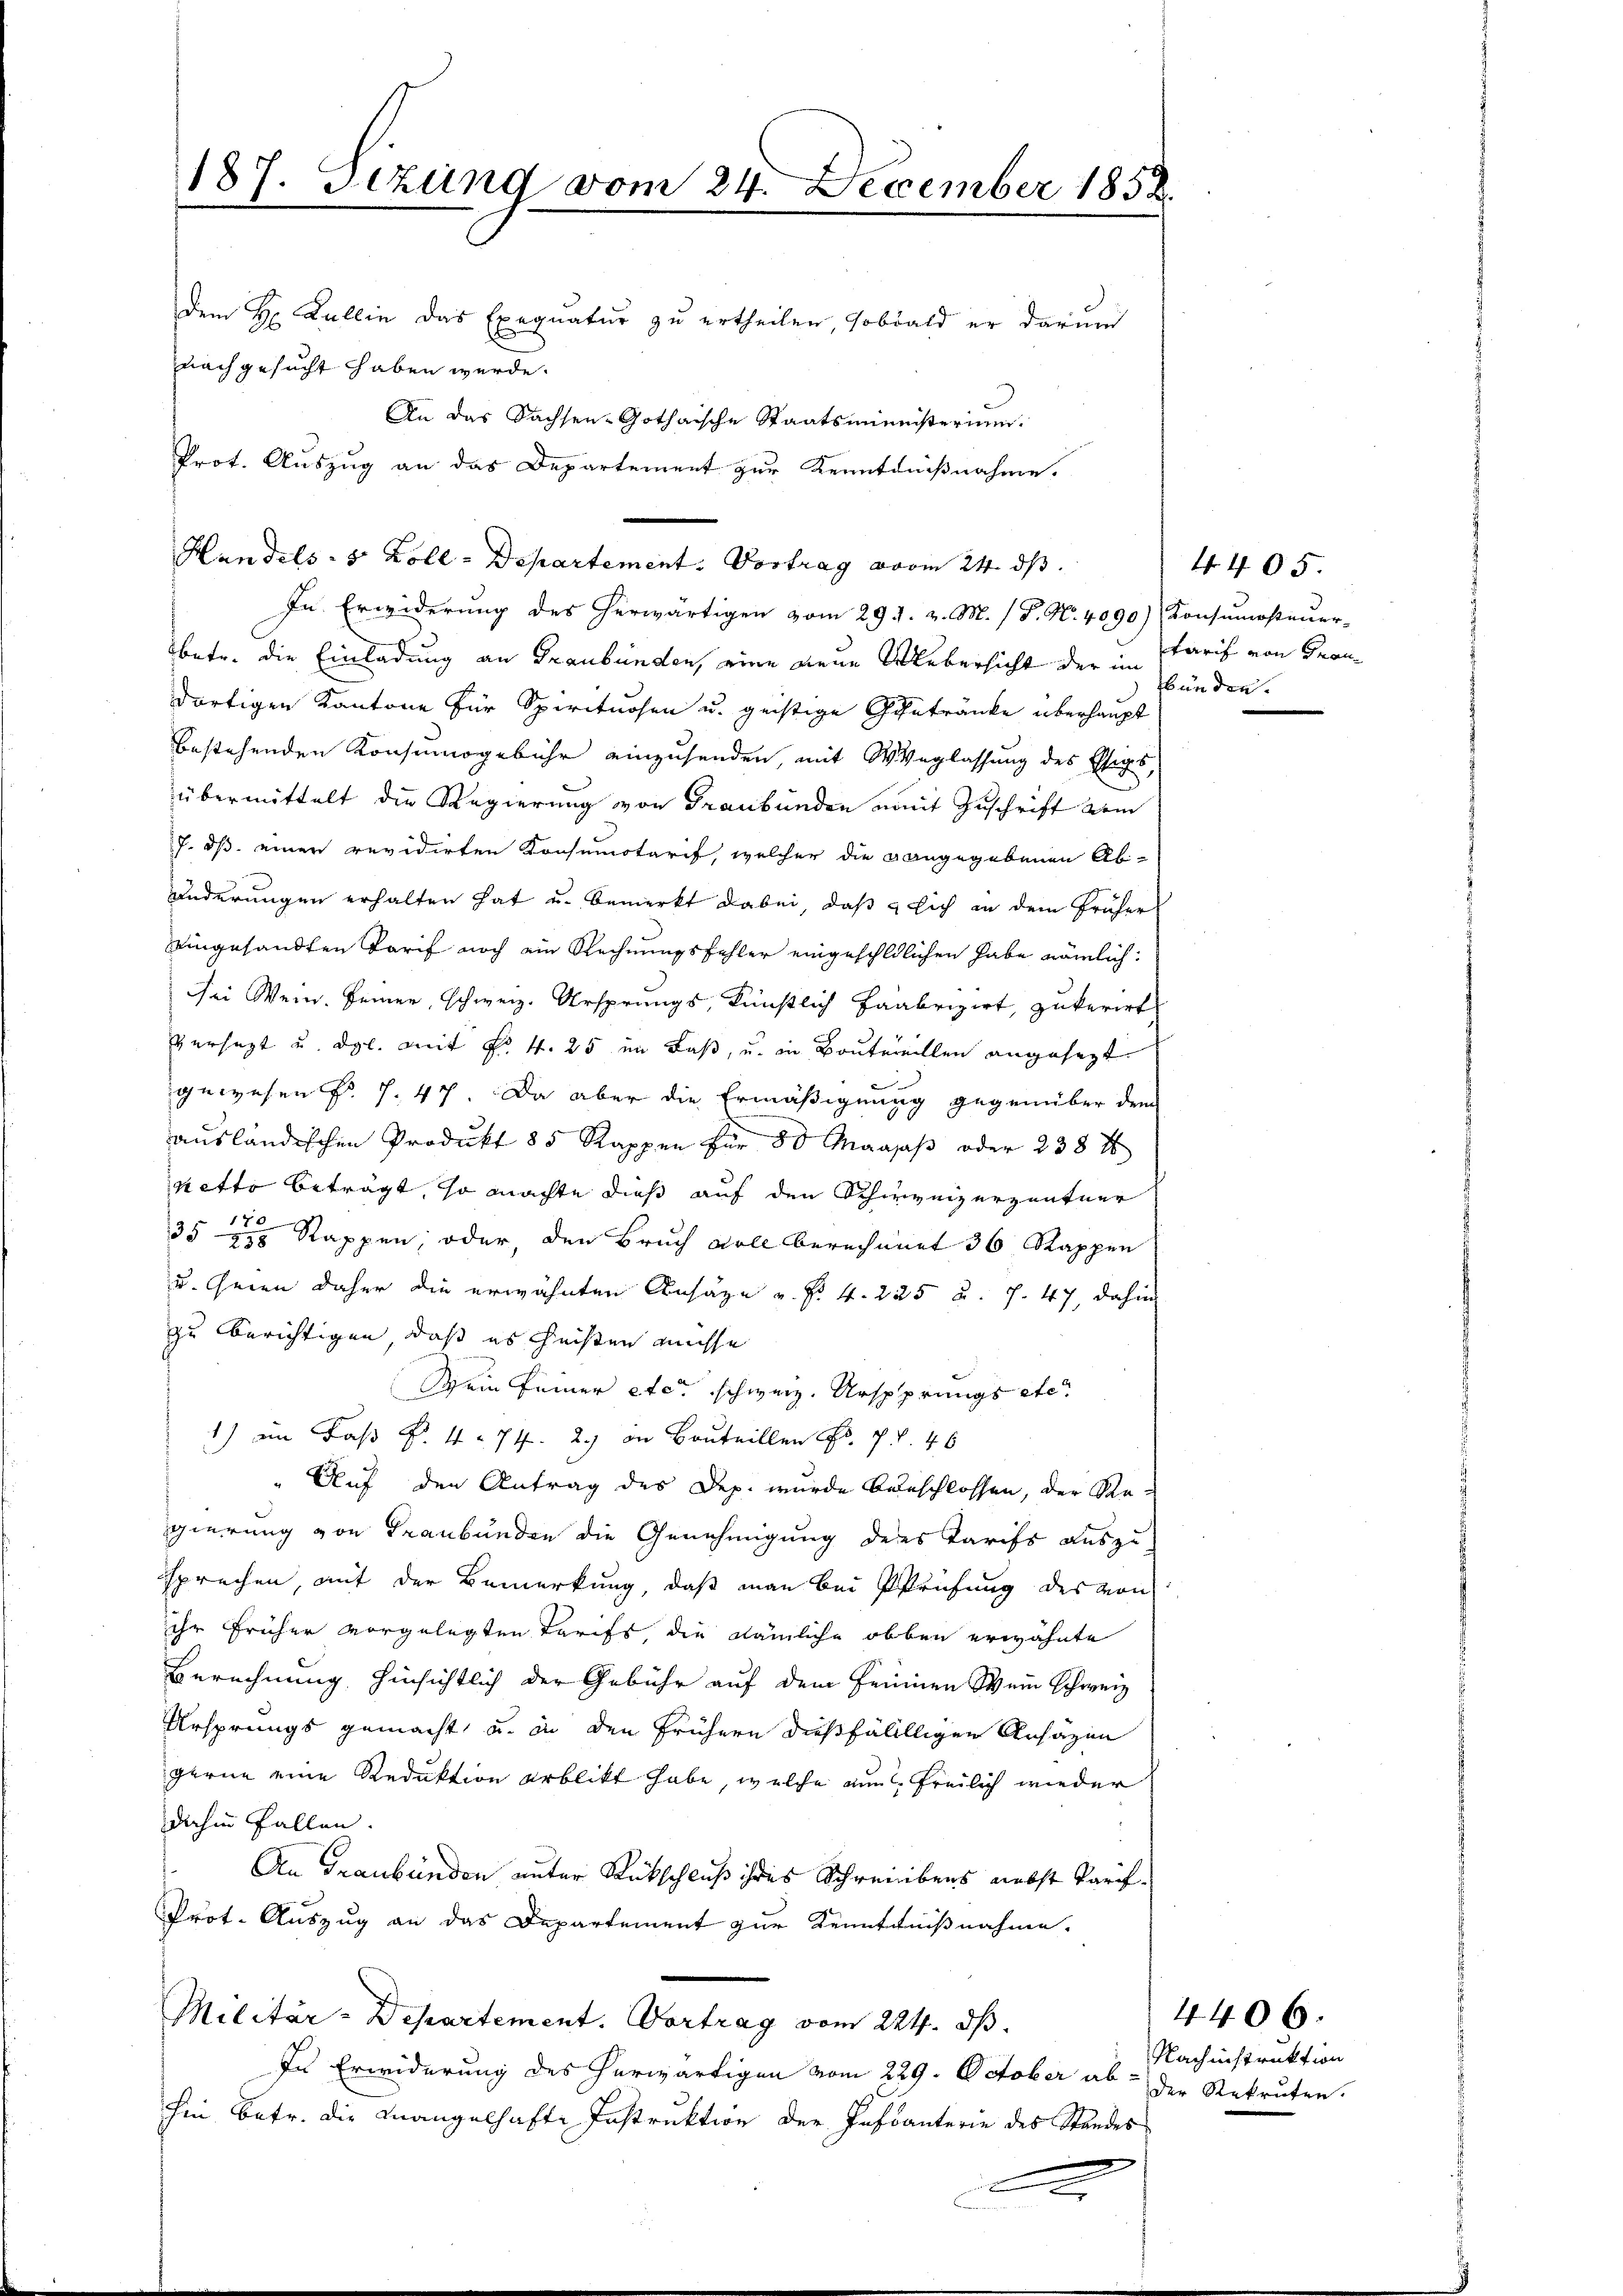
187. Sizung vom 24. December 1852.

dem Hr. Dullin das Exequatur zu ertheilen, sobald er darum
nach gesucht haben werde.
An das Sachsen Gothaische Staatsministerium.
Prot. Auszug an das Departement zur Kenntnißnahme.

Handels- 5 Zoll - Departement. Vortrag vom 24. ds.

In Erwiderung des herwärtigen vom 291. v. M. / P. Nr. 4090) Konsumosteuer-
Obetr. die Einladung an Graubünden, eine neue Uebersicht der im Hinden.
dortigen Kantone für Spirituosen u. geistige Getränke überhaupt
bestehenden Konsumogebühr einzusenden, mit Weglassung des Essigs,
übermittelt die Regierung von Graubünden mit Zuschrift dem
7. ds. einer revidirten Konsumotarif, welcher die gangegebenen Ab-
änderungen erhalten hat u. bemerkt dabei, daß sich in dem Früher
eingesandten Tarif noch ein Rechnungsfehler eingeschldlichen habe nämlich:
Bei Wein. Feiner, schweiz. Ursprungs, künstlich Faabrizirt, zukerirt
versezt u. dgl. mit No. 4. 25 im Faß, u. in Bautereillen angesezt
gewesen Fr. 7. 47. Da aber die Ermäßigungg gegenüber dem
ausländischen Produkt 85 Rappen für 50 Maass oder 238 f
nitte beträgt, so machte dieß auf den Schweizerzentner
35 zu Rappen, oder, den Bruch voll berechnert 36 Rappen
u. Gegen daher die erwähnten Ansäze u. fr. 4. 225 u. 7. 47, dahin
zu berichtigen, daß es heisten müsse
Mein seiner etc. schweiz. Urspprungs etc.
1) in Faß P. 4 = 74. 2.) an Bauteillen Fr. 7 f. 46
" Auf den Antrag des Dep. wurde beschlossen, der Regierung von Graubünden die Genehmigung des Tarifs auszu
ssprechen, mit der Bemerkung, daß man bei Prüfung des von
ihr früher vorgelegten Tarifs die nämliche obben erwähnte
Berechnung hinsichtlich der Gebühr auf dem Frinnen Wein Schweiz
Ursprungs gemacht, u. in den frühern dießfällllichen Ansäzen
gerne eine Reduktion erblickt habe, welche nun freilich wieder
dahin Fallen.
An Graubünden unter Rückschluß ihres Schreibens nebst Parif¬
PProt. Auszug an das Departement zur Kenntnißnahme.
Militär-Departement. Vortrag vom 224. ds.
In Erwiderung des herwärtigen vom 229. October abhin betr. die Mangelhafte Instruktion der Infanterie des Standes
A

Tarif von Frau¬

4405.

Nachnistruktion
Der Rekruten.

4406.